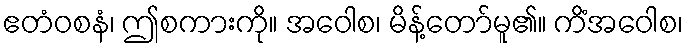
ဧတံဝစနံ၊ ဤစကားကို။ အဝေါစ၊ မိန့်တော်မူ၏။ ကိံအဝေါစ၊